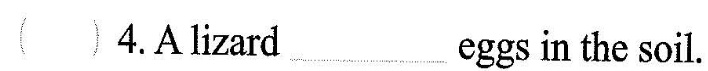
4.A lizard ___ eggs in the soil.